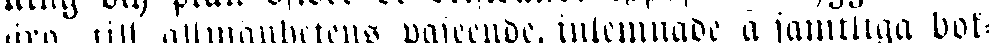
äro, till allmänhetens påseende, inlemnade å samtliga bok-